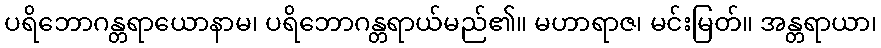
ပရိဘောဂန္တရာယောနာမ၊ ပရိဘောဂန္တရာယ်မည်၏။ မဟာရာဇ၊ မင်းမြတ်။ အန္တရာယာ၊